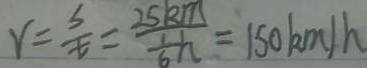
v = \frac { s } { t } = \frac { 2 5 k m } { \frac { 1 } { 6 } h } = 1 5 0 k m / h